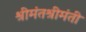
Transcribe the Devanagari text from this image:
श्रीमंतश्रीमंती